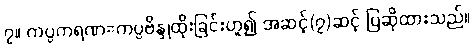
၇။ ကပ္ပကရဏ=ကပ္ပဗိန္ဒုထိုးခြင်းဟူ၍ အဆင့်(၇)ဆင့် ပြဆိုထားသည်။